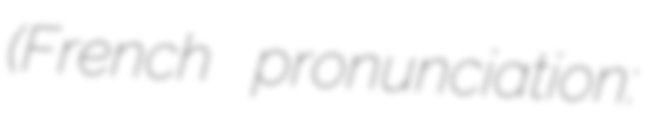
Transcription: (French pronunciation: